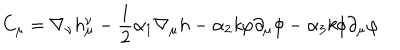
LaTeX: C _ { \mu } = \nabla _ { \nu } h _ { \mu } ^ { \nu } - \frac { 1 } { 2 } \alpha _ { 1 } \nabla _ { \mu } h - \alpha _ { 2 } { \it k } \varphi \partial _ { \mu } \phi - \alpha _ { 3 } { \it k } \phi \partial _ { \mu } \varphi